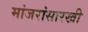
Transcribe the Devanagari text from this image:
मांजरांसारखी